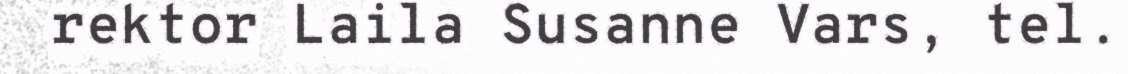
rektor Laila Susanne Vars, tel.